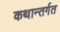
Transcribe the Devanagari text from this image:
कथान्तर्गत